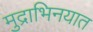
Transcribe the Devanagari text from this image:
मुद्राभिनयात